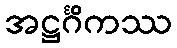
အဋ္ဌင်္ဂိကဿ